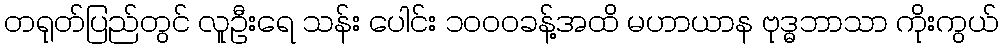
တရုတ်ပြည်တွင် လူဦးရေ သန်း ပေါင်း ၁၀၀၀ခန့်အထိ မဟာယာန ဗုဒ္ဓဘာသာ ကိုးကွယ်